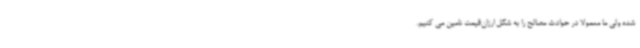
شده ولی ما معمولاً در حوادث مصالح را به شکل ارزان‌قیمت تامین می کنیم.